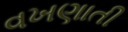
વખણાતી